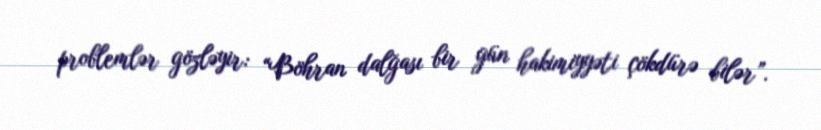
problemlər gözləyir: “Böhran dalğası bir gün hakimiyyəti çökdürə bilər”.